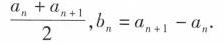
\frac { a _ { n } + a _ { n + 1 } } { 2 }$$,$$b _ { n } = a _ { n + 1 } - a _ { n }$$.